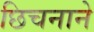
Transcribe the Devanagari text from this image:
छिचनाने